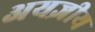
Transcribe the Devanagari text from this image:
अयज्ञीय